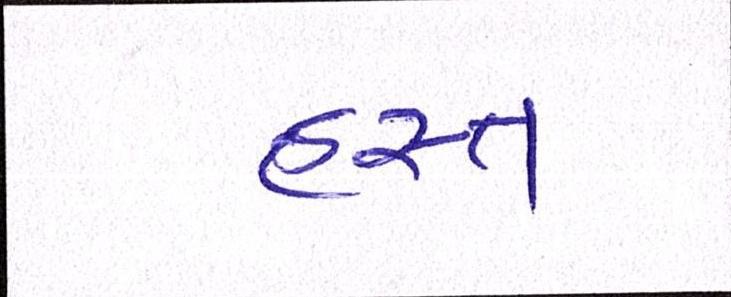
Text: હસ્ત